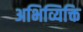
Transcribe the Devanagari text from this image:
अभिव्यिक्ति